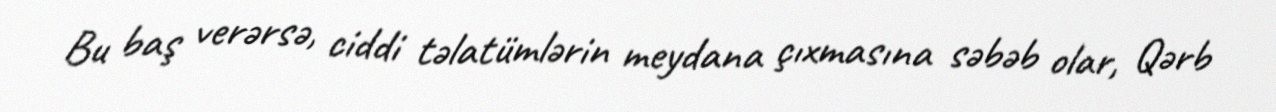
Bu baş verərsə, ciddi təlatümlərin meydana çıxmasına səbəb olar, Qərb